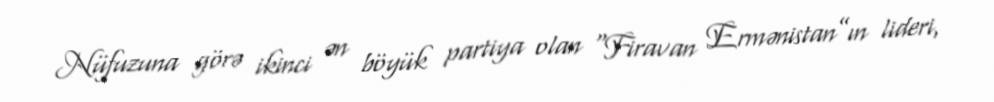
Nüfuzuna görə ikinci ən böyük partiya olan “Firavan Ermənistan”ın lideri,